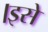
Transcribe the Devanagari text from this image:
।इसे